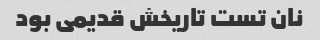
نان تست تاریخش قدیمی بود